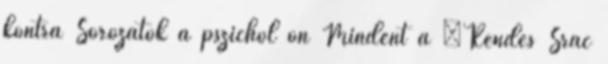
kontra Sorozatok a pszichol on Mindent a “Rendes Srác